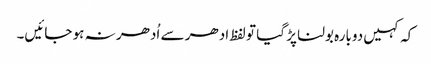
کہ کہیں دوبارہ بولنا پڑ گیا تو لفظ ادھر سے اُدھر نہ ہو جائیں۔